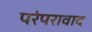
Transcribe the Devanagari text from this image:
परंपरावाद